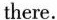
there.